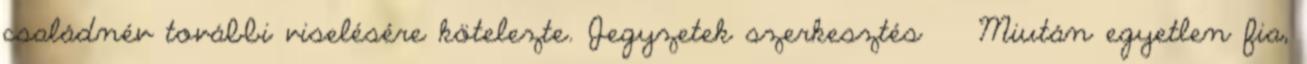
családnév további viselésére kötelezte. Jegyzetek szerkesztés ↑ Miután egyetlen fia,